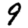
Digit: 9